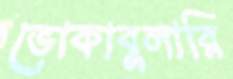
ভোকাবুলারি